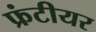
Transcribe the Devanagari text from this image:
फ्रंटीयर